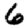
Digit: 6